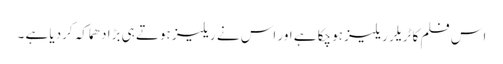
اس فلم کا ٹریلر ریلیز ہوچکا ہے اور اس نے ریلیز ہوتے ہی بڑا دھماکہ کردیا ہے ۔